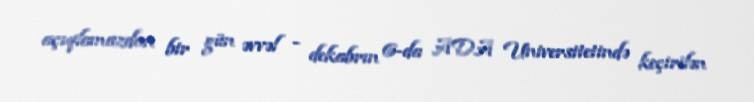
açıqlamazdan bir gün əvvəl - dekabrın 6-da ADA Universitetində keçirilən